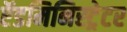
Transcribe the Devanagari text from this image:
ऍडमिनिस्ट्रेटर